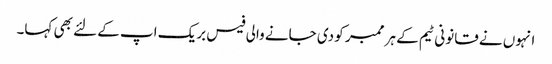
انہوں نے قانونی ٹیم کے ہر ممبر کو دی جانے والی فیس بریک اپ کے لئے بھی کہا۔